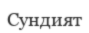
Сундият